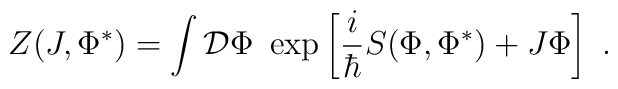
Z(J,\Phi ^*)= \int {\cal D}\Phi \ \exp\left[ \frac{i}{\hbar }S(\Phi,\Phi^* )+J\Phi \right]  \ .